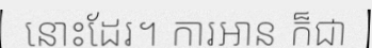
នោះដែរ។ ការអាន ក៏ជា